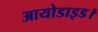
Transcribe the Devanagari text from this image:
आयोडाइड।